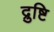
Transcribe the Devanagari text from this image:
द्रुष्टि